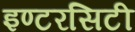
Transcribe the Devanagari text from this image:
इण्टरसिटी